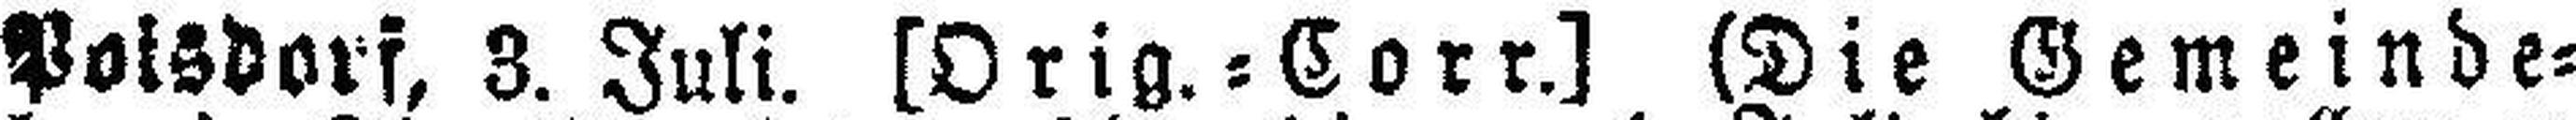
Poisdorf, 3. Juli. [Orig.=Corr.] (Die Gemeinde¬